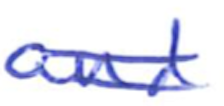
Text: and
Cross-out: double-line
Writing tool: ballpoint